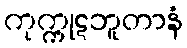
ကုက္ကုဋဘူတာနံ